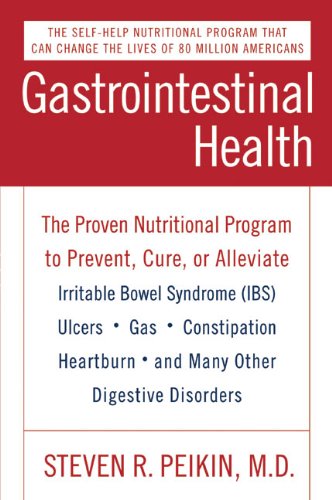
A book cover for Gastrointestinal Health: The Proven Nutritional Program to Prevent, Cure, or Alleviate Irritable Bowel Syndrome (IBS), Ulcers, Gas, Constipation, Heartburn, and Many Other Digestive Disorders, Third Edition; Steven R., M.D. Peikin; Health, Fitness & Dieting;